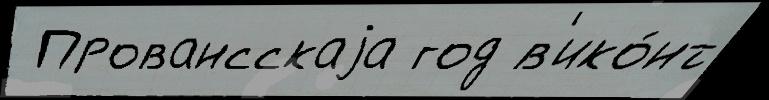
 Провансскаjа год в'ико́нт